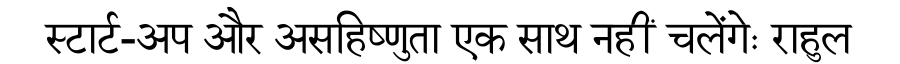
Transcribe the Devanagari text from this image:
स्टार्ट-अप और असहिष्णुता एक साथ नहीं चलेंगेः राहुल